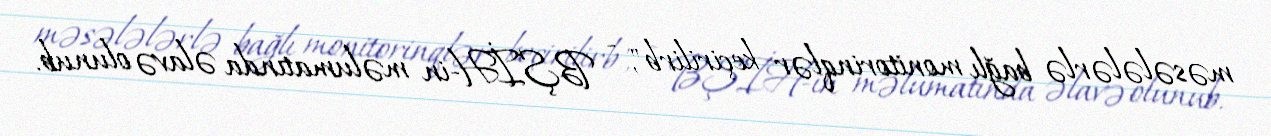
məsələlərlə bağlı monitorinqlər keçirilirb", - BŞİH-in məlumatında əlavə olunub.